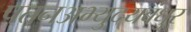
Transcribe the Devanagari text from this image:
पतनअभ्युदयबंधुर